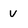
Character: v